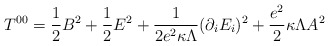
\begin{align*}T^{00}=\frac{1}{2}B^2+\frac{1}{2}E^2+\frac{1}{2e^2\kappa\Lambda}(\partial_iE_i)^2+\frac{e^2}{2}\kappa\Lambda A^2\end{align*}